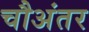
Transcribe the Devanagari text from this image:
चौअंतर